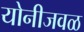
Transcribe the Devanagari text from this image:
योनीजवळ